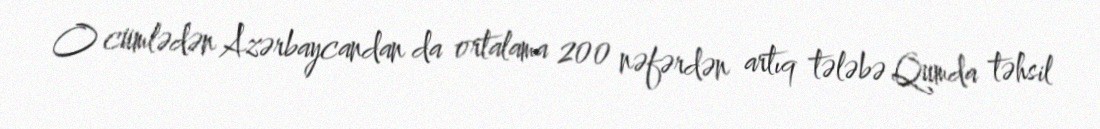
O cümlədən Azərbaycandan da ortalama 200 nəfərdən artıq tələbə Qumda təhsil